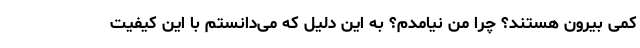
کمی بیرون هستند؟ چرا من نیامدم؟ به این دلیل که می‌دانستم با این کیفیت